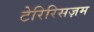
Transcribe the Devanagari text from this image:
टेरिरिसज़म